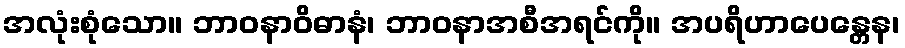
အလုံးစုံသော။ ဘာဝနာဝိဓာနံ၊ ဘာဝနာအစီအရင်ကို။ အပရိဟာပေန္တေန၊